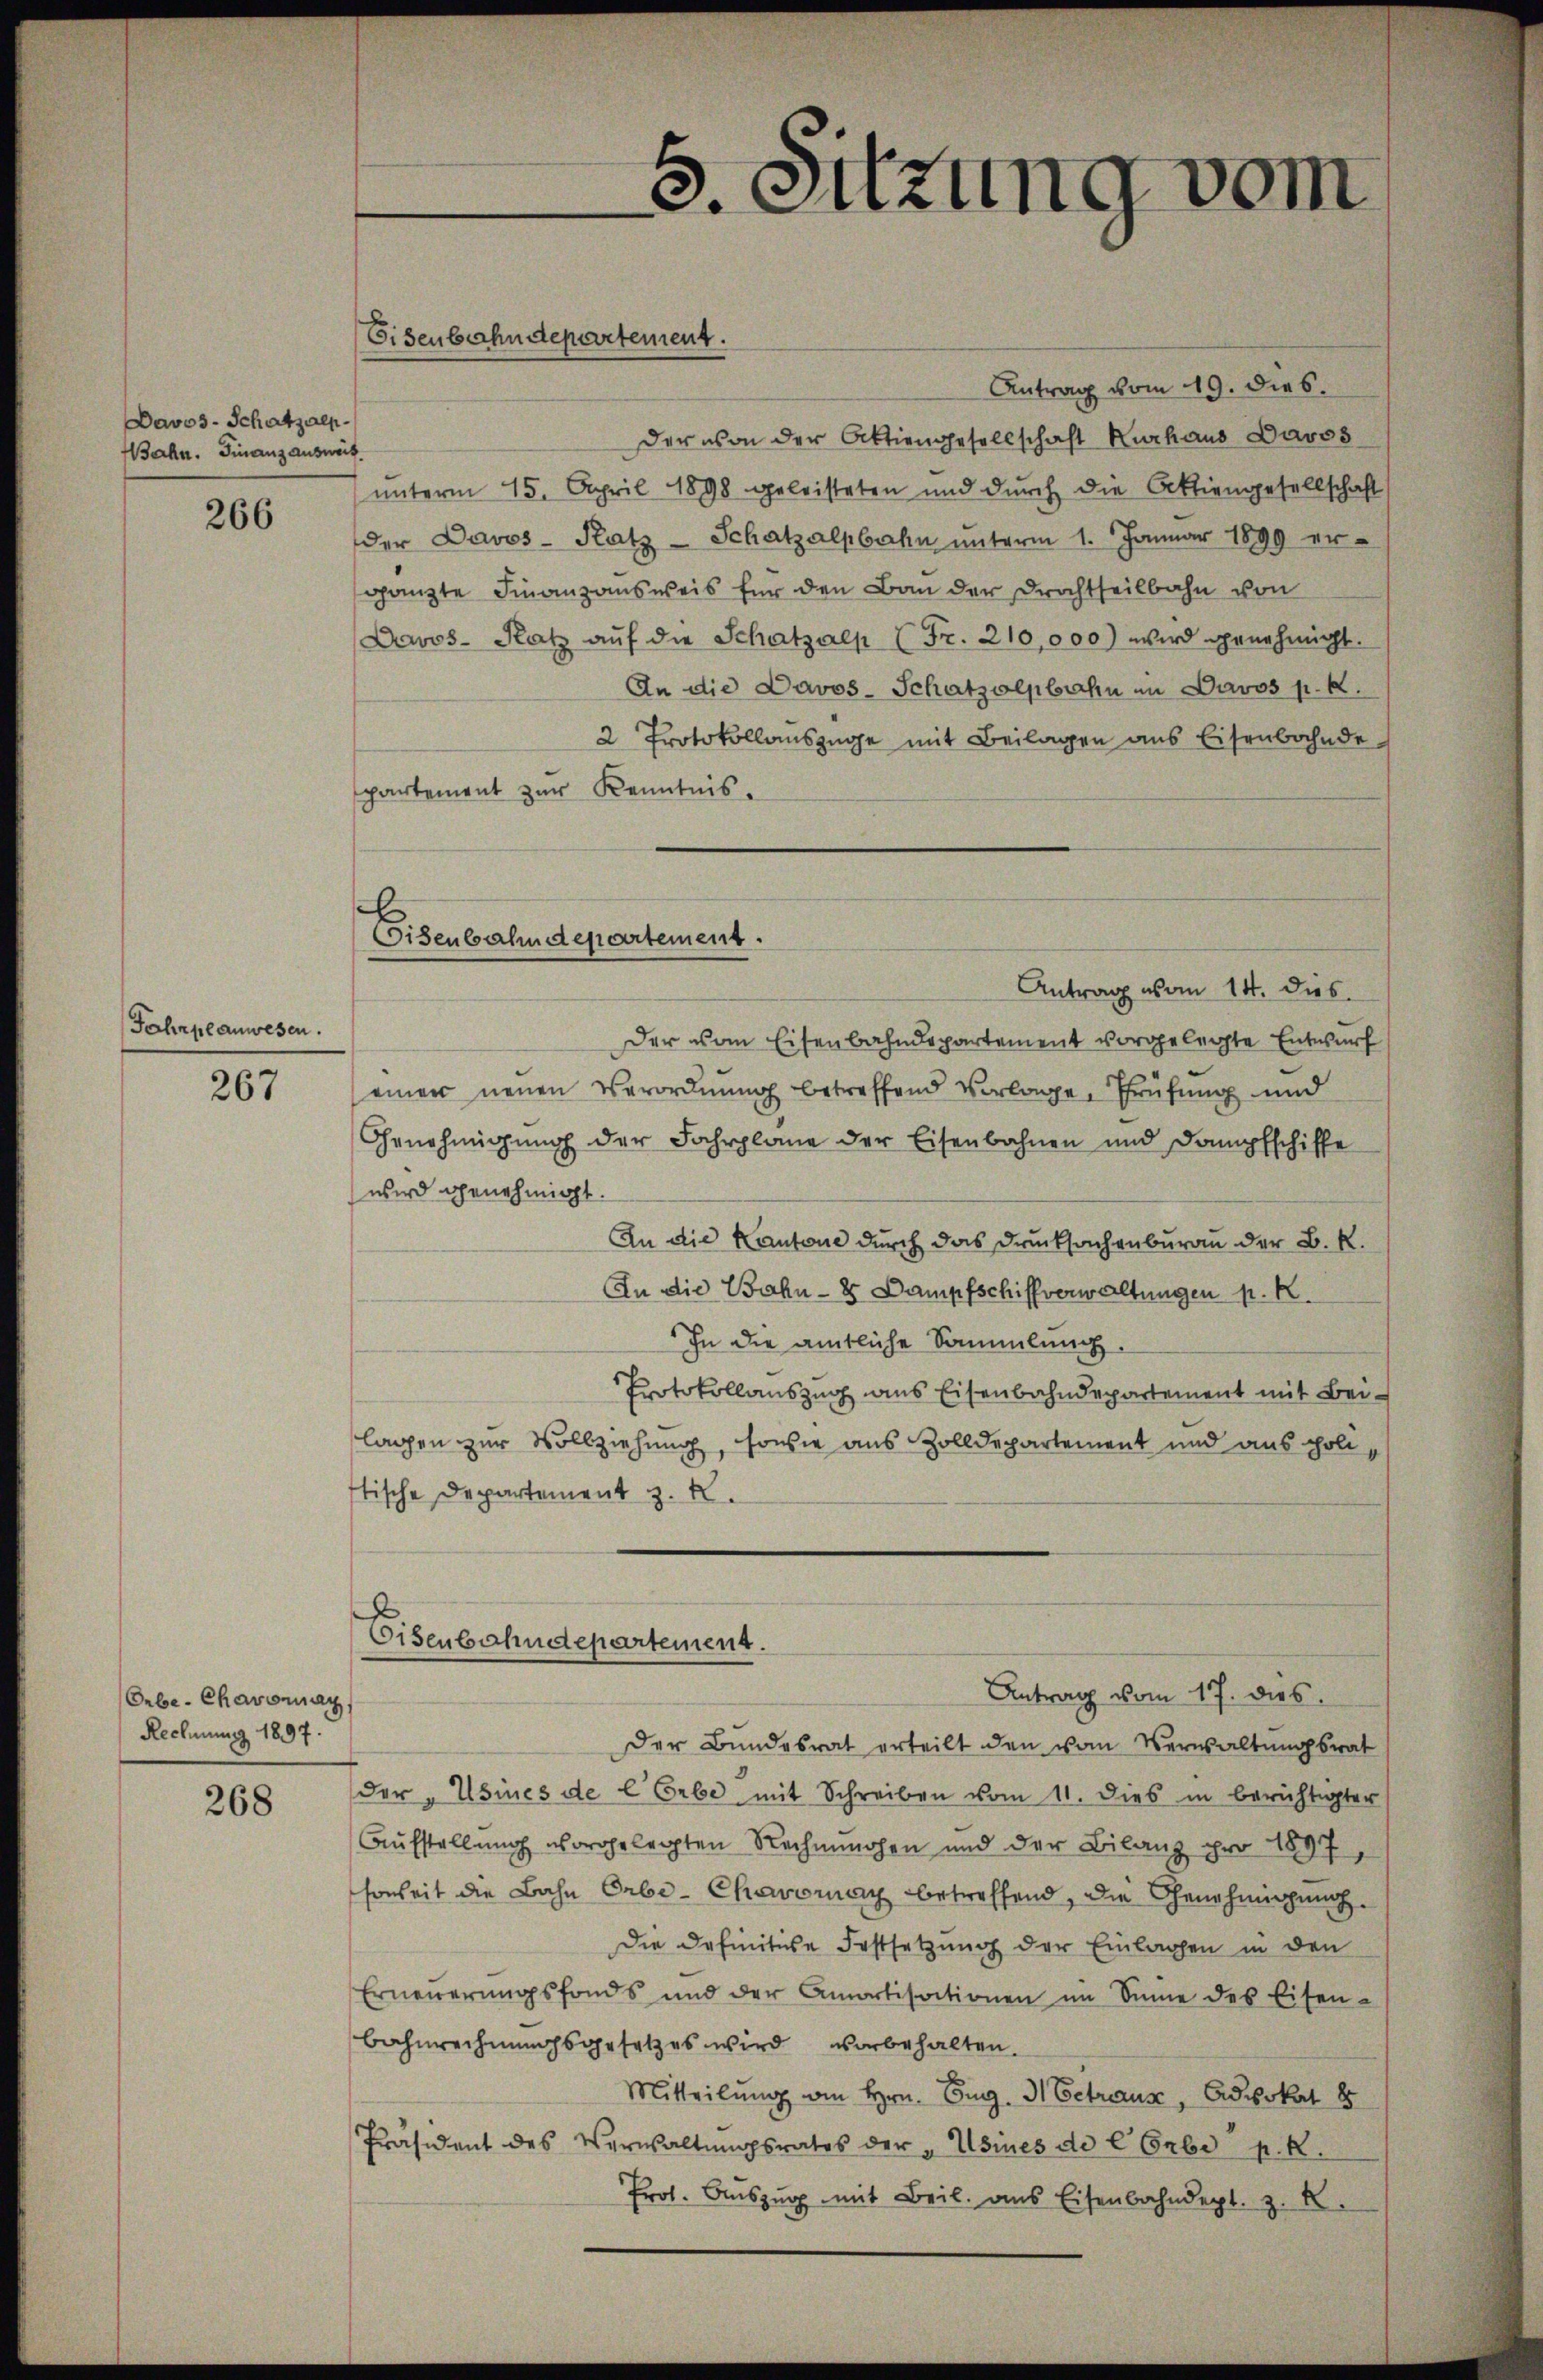
Davos- Schatzen.
ahn. Finanzausweis

266

Fahrplanwesen.

267

Orbe-Chavonay
Rechnung 1897.

268

Eisenbahndepartement.

Antrag vom 19. dies.
der von der Aktiengesellschaft Kurhaus Davos
unterm 15. April 1898 geleisteten und durch die Aktiengesellschaft
der Davos- Katz- Schatzalpbahn unterm 1. Januar 1899 er-
gänzte Finanzausweis für den Bau der Drachtheilbahn von
Davos- Ratz aŭf die Schatzalp (Fr. 210,000) wird genehmigt.
An die Davos- Schatzolpbahn im Davos p. k.
2 Protokollauszüge mit Beilagen aus Eisenbahnde
partement zur Kenntnis¬
Der vom Eisenbahndepartement vorgelegte Entwurf
einer neuen Verordnung betreffend Vorlage, Prüfung und
Genehmigung der Fahrplane der Eisenbahnen und Dampfschiffe
wird genehmigt.
An die Kantone durch das Drucksachenburau der B. R.
In die Bahn- & Dampfschiffverwaltungen p. K
In die amtliche Sammlung.
Protokollauszug aus Eisenbahndepartement mit Beilagen zur Vollziehung, sowie aus Zolldepartement und aus politische Departement z. B.
Eisenbahndepartement.
Antrag vom 17. dies
Der Bŭndesrat erteilt den vom Verwaltŭngsrat
der "Usines de l Erbe mit Schreiben vom 11. dies in berichtigter
Aufstellung vorgelegten Rechnahen und der Bilanz pro 1897,
honheit die Bahn Orbe-Chaoray betreffend, die Genehmigung
Die Definitive Festsetzung der Einlagen in den
Erneuerungsfonds und der Amortisationen im Sinne des Eisen-
Bahnrechnungsgesetzes wird vorbehalten.
Mitteilŭng von Hrn. Aug. d. Betraus, Advokat 8
Präsident des Verwaltŭngsrates der „Usines de l. Erbe p. k.
Prot. Aŭszŭg mit Beil. aus Eisenbahndept. z. B.

5. Sitzung vom

Eisenbahndepartement.
Antrag vom 14. dies